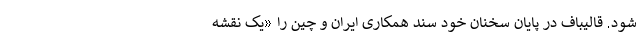
شود. قالیباف در پایان سخنان خود سند همکاری ایران و چین را «یک نقشه